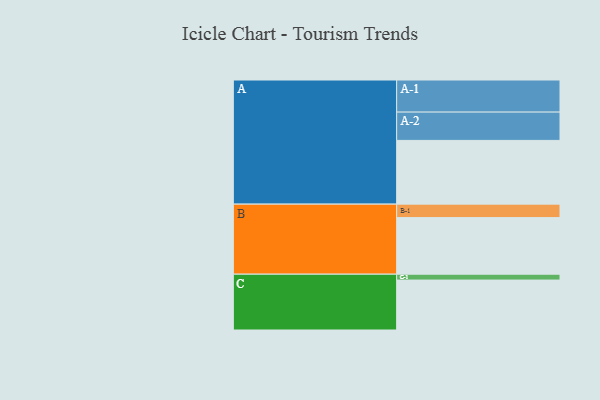
{"axis": {"x": "Segment", "y": "Value"}, "legend": ["", "A", "B", "C"], "data": [{"x": "A", "y": 554, "type": ""}, {"x": "B", "y": 492, "type": ""}, {"x": "C", "y": 434, "type": ""}, {"x": "A-1", "y": 279, "type": "A"}, {"x": "A-2", "y": 246, "type": "A"}, {"x": "B-1", "y": 117, "type": "B"}, {"x": "C-1", "y": 51, "type": "C"}]}